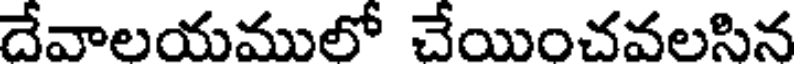
దేవాలయములో చేయించవలసిన